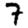
Digit: 7